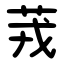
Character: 茙